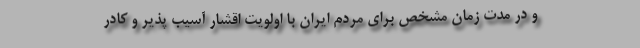
و در مدت زمان مشخص برای مردم ایران با اولویت اقشار آسیب پذیر و کادر